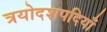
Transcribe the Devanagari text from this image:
त्रयोदशपदियाँ